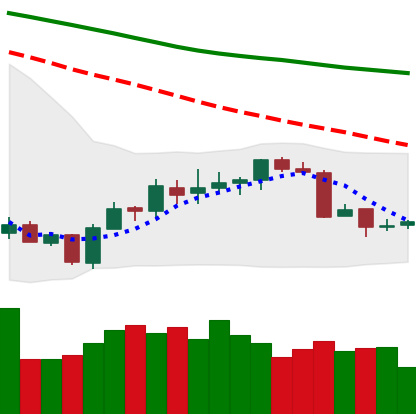
Ticker: BTC-USD
Chart end date: 2018-07-14
Forward return: 18.972%
Label: up_7plus